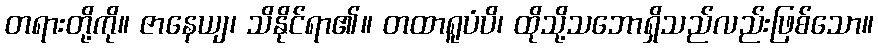
တရားတို့ကို။ ဇာနေယျ၊ သိနိုင်ရာ၏။ တထာရူပံပိ၊ ထိုသို့သဘောရှိသည်လည်းဖြစ်သော။